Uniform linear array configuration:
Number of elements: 12
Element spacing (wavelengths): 0.5
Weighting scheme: hann
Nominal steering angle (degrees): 0
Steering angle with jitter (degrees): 0.3194
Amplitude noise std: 0.05
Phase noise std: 0.05

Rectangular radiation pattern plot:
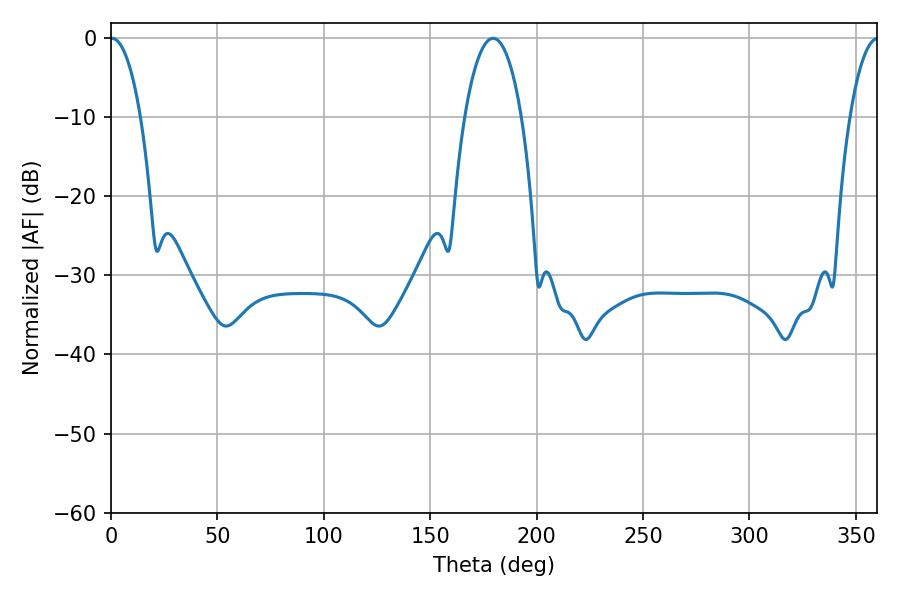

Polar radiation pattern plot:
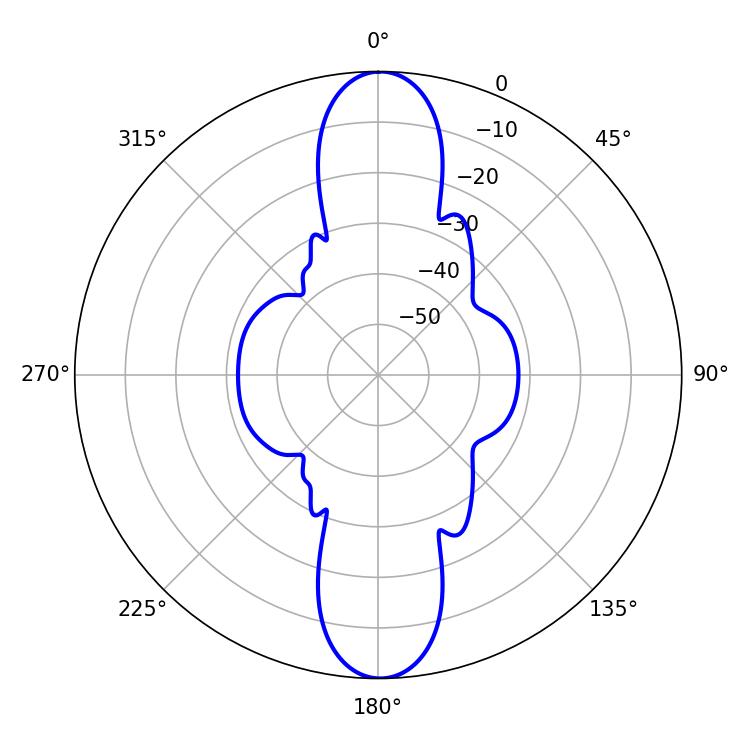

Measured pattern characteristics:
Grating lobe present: FALSE
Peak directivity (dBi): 25.831
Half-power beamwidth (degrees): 7.92
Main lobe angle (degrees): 0.54